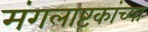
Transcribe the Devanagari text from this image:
मंगलाष्टकांच्या